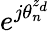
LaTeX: e^{j{\theta}_{n}^{z_{d}}}